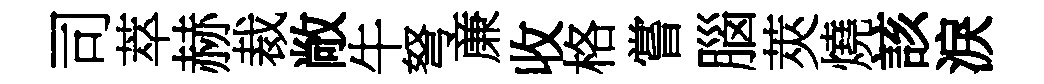
司萃赫裁敞牛弩亷收格嘗腦莢燒該淚